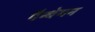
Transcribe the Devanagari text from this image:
पैन्थेयन